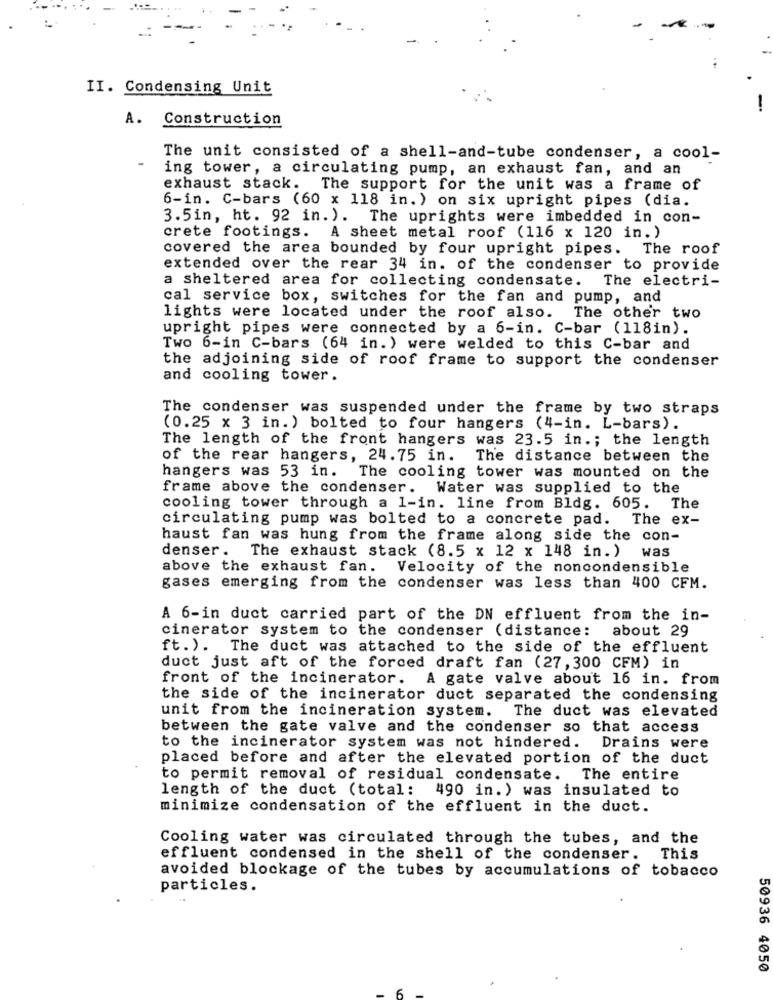
...
II. Condensing Unit
A. Construction
The unit consisted of a shell-and-tube condenser, a cool-
ing tower, a circulating pump, an exhaust fan, and an
exhaust stack. The support for the unit was a frame of
6-in. C-bars (60 x 118 in. ) on six upright pipes (dia.
3.5in, ht. 92 in. ). The uprights were imbedded in con-
crete footings. A sheet metal roof (116 x 120 in.)
covered the area bounded by four upright pipes. The roof
extended over the rear 34 in. of the condenser to provide
a sheltered area for collecting condensate. The electri-
cal service box, switches for the fan and pump, and
lights were located under the roof also. The other two
upright pipes were connected by a 6-in. C-bar (118in).
Two 6-in C-bars (64 in. ) were welded to this C-bar and
the adjoining side of roof frame to support the condenser
and cooling tower.
The condenser was suspended under the frame by two straps
(0.25 x 3 in. ) bolted to four hangers (4-in. L-bars).
The length of the front hangers was 23.5 in .; the length
of the rear hangers, 24.75 in. The distance between the
hangers was 53 in. The cooling tower was mounted on the
frame above the condenser. Water was supplied to the
cooling tower through a 1-in. line from Bldg. 605. The
circulating pump was bolted to a concrete pad. The ex-
haust fan was hung from the frame along side the con-
denser. The exhaust stack (8.5 x 12 x 148 in. ) was
above the exhaust fan.
Velocity of the noncondensible
gases emerging from the condenser was less than 400 CFM.
A 6-in duct carried part of the DN effluent from the in-
cinerator system to the condenser (distance: about 29
ft.). The duct was attached to the side of the effluent
duct just aft of the forced draft fan (27, 300 CFM) in
front of the incinerator. A gate valve about 16 in. from
the side of the incinerator duct separated the condensing
unit from the incineration system.
The duct was elevated
between the gate valve and the condenser so that access
to the incinerator system was not hindered. Drains were
placed before and after the elevated portion of the duct
to permit removal of residual condensate. The entire
length of the duct (total: 490 in. ) was insulated to
minimize condensation of the effluent in the duct.
Cooling water was circulated through the tubes, and the
effluent condensed in the shell of the condenser. This
avoided blockage of the tubes by accumulations of tobacco
particles.
50936 4050